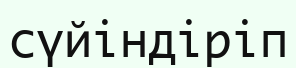
сүйіндіріп